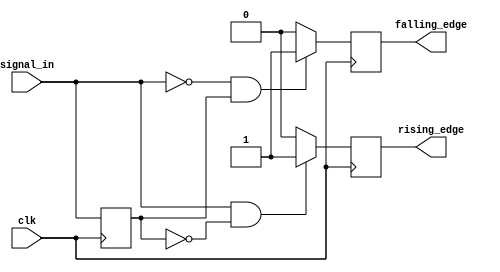
module edge_detector (
    input wire clk,             // Clock signal
    input wire signal_in,       // Input signal to monitor
    output reg rising_edge,     // Rising edge detection output
    output reg falling_edge     // Falling edge detection output
);

    // Memory block to store the previous state of the input signal
    reg prev_state;

    // Initial block to set the initial state of prev_state
    initial begin
        prev_state = 1'b0; // Initialize to low
        rising_edge = 1'b0; // Initialize rising edge output
        falling_edge = 1'b0; // Initialize falling edge output
    end

    // Always block triggered on the rising edge of the clock
    always @(posedge clk) begin
        // Edge detection logic
        rising_edge <= (signal_in == 1'b1 && prev_state == 1'b0) ? 1'b1 : 1'b0;
        falling_edge <= (signal_in == 1'b0 && prev_state == 1'b1) ? 1'b1 : 1'b0;

        // Update the previous state with the current state
        prev_state <= signal_in;
    end

endmodule